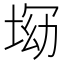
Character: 𡌝